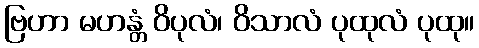
ဗြဟာ မဟန္တံ ဝိပုလံ၊ ဝိသာလံ ပုထုလံ ပုထု။